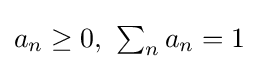
{\textstyle a_{n}\geq 0,\ \sum _{n}a_{n}=1}